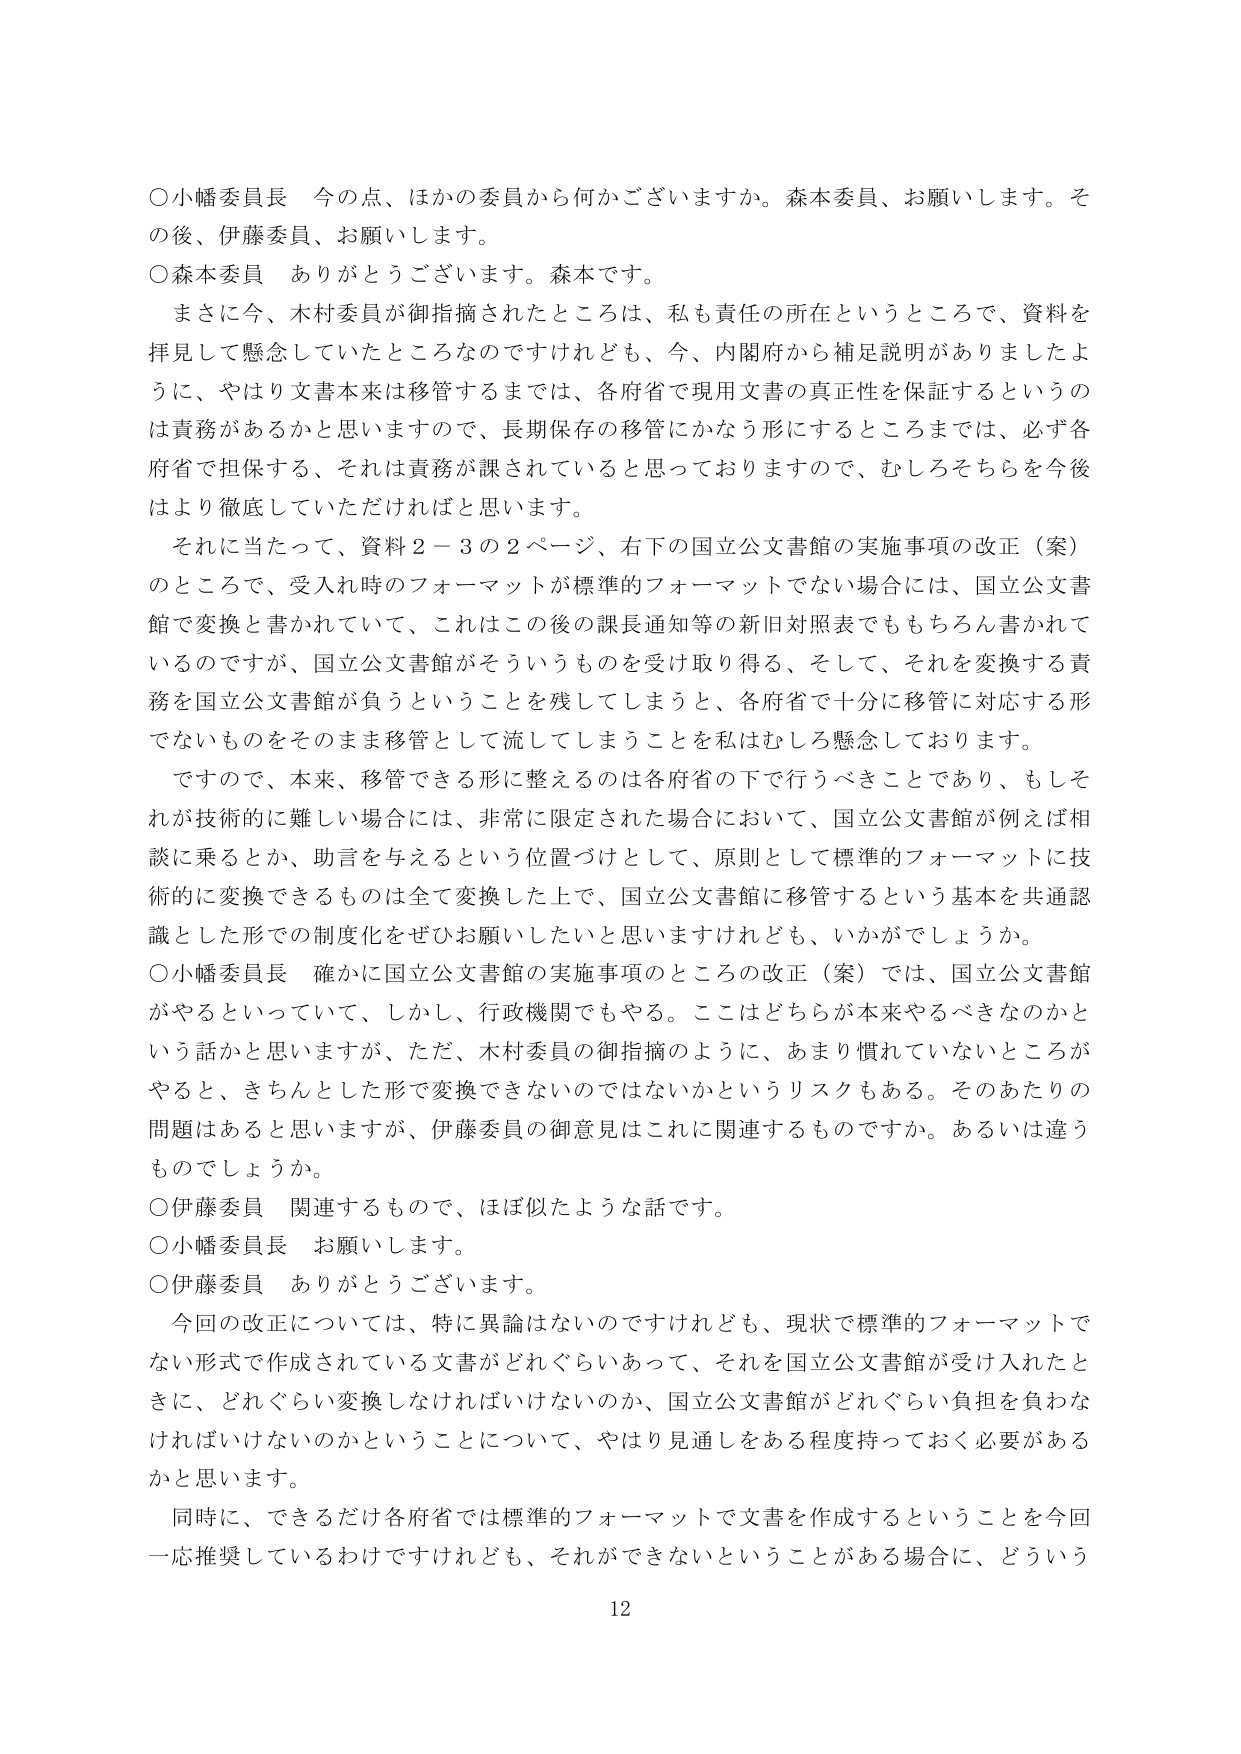
○小幡委員長　今の点、ほかの委員から何かございますか。森本委員、お願いします。その後、伊藤委員、お願いします。

○森本委員　ありがとうございます。森本です。

　まさに今、木村委員が御指摘されたところは、私も責任の所在というところで、資料を拝見して懸念していたところなのですがけれども、今、内閣府から補足説明がありましたように、やはり文書本来は移管するまでは、各府省で現用文書の真正性を保証するというのは責務があるかと思いますので、長期保存の移管にかなう形にするところまでは、必ず各府省で担保する、それは責務が課されていると思っておりますので、むしろそちらを今後はより徹底していただければと思います。

　それに当たって、資料２－３の２ページ、右下の国立公文書館の実施事項の改正（案）のところで、受入れ時のフォーマットが標準的フォーマットでない場合には、国立公文書館で変換と書かれていて、これはこの後の課長通知等の新旧対照表でももちろん書かれているのですが、国立公文書館がそういうものを受け取り得る、そして、それを変換する責務を国立公文書館が負うということを残してしまうと、各府省で十分に移管に対応する形でないものをそのまま移管として流してしまうことを私はむしろ懸念しております。

　ですので、本来、移管できる形に整えるのは各府省の下で行うべきことであり、もしそれが技術的に難しい場合には、非常に限定された場合において、国立公文書館が例えば相談に乗るとか、助言を与えるという位置づけとして、原則として標準的フォーマットに技術的に変換できるものは全て変換した上で、国立公文書館に移管するという基本を共通認識とした形での制度化をぜひお願いしたいと思いますけれども、いかがでしょうか。

○小幡委員長　確かに国立公文書館の実施事項のところの改正（案）では、国立公文書館がやるといっていて、しかし、行政機関でもやる。ここはどちらが本来やるべきなのかという話かと思いますが、ただ、木村委員の御指摘のように、あまり慣れていないところがやると、きちんとした形で変換できないのではないかというリスクもある。そのあたりの問題はあると思いますが、伊藤委員の御意見はこれに関連するものですか。あるいは違うものでしょうか。

○伊藤委員　関連するもので、ほぼ似たような話です。

○小幡委員長　お願いします。

○伊藤委員　ありがとうございます。

　今回の改正については、特に異論はないのですけれども、現状で標準的フォーマットでない形式で作成されている文書がどれぐらいあって、それを国立公文書館が受け入れたときに、どれぐらい変換しなければいけないのか、国立公文書館がどれぐらい負担を負わなければならないのかということについて、やはり見通しをある程度持っておく必要があるかと思います。

　同時に、できるだけ各府省では標準的フォーマットで文書を作成するということを今回一応推奨しているわけですがけれども、それができないということがある場合に、どういう

12